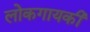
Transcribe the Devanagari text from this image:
लोकगायकी